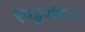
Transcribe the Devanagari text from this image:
एवर्डुपॉयज़ा